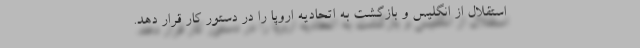
استقلال از انگلیس و بازگشت به اتحادیه اروپا را در دستور کار قرار دهد.